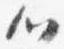
心